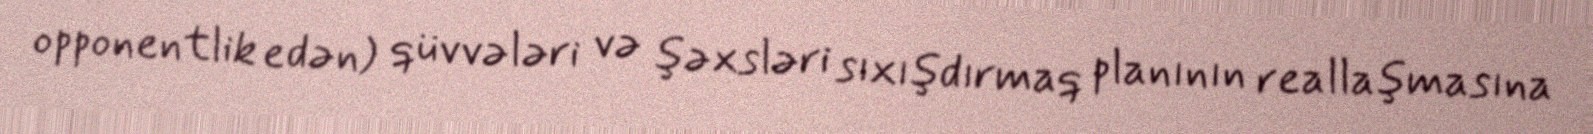
opponentlik edən) qüvvələri və şəxsləri sıxışdırmaq planının reallaşmasına